Notes on vaccination in the North-West Frontier Province 1923-1928 - 1923-1928
Year: 1923
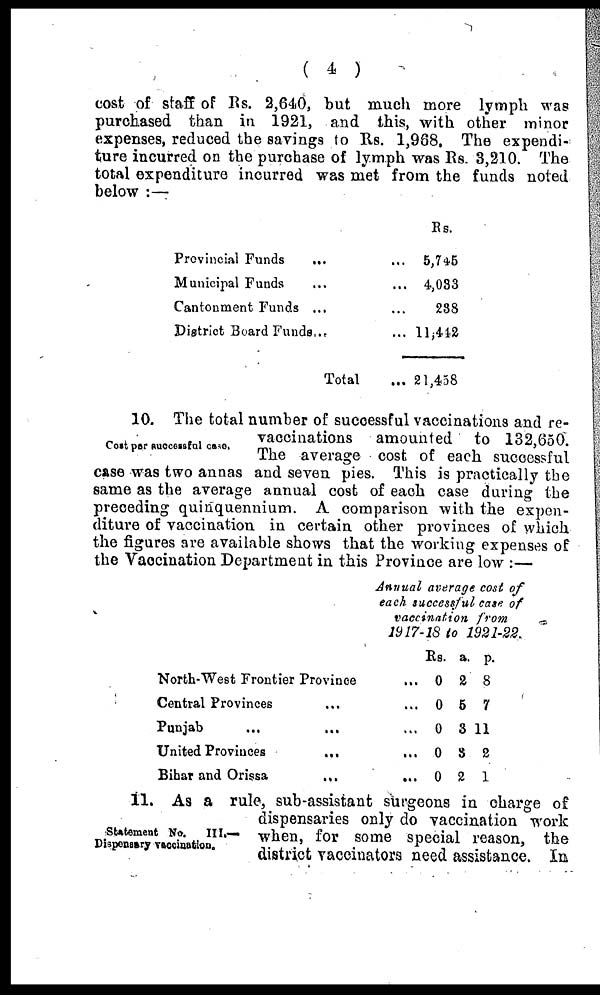
( 4 )
cost of staff of Rs. 2,640, but much more lymph was
purchased than in 1921, and this, with other minor
expenses, reduced the savings to Rs. 1,968. The expendi-
ture incurred on the purchase of lymph was Rs. 3,210. The
total expenditure incurred was met from the funds noted
below :—
Provincial Funds
... ...
Municipal Funds ... ...
Cantonment Funds ... ...
District Board Funds... ...
Total ...
Rs.
5,745
4,033
238
11,442
21,458
Cost par successful case.
10. The total number of successful vaccinations and re-
vaccinations amounted to 132,650.
The average cost of each successful
case was two annas and seven pies. This is practically the
same as the average annual cost of each case during the
preceding quinquennium. A comparison with the expen-
diture of vaccination in certain other provinces of which
the figures are available shows that the working expenses of
the Vaccination Department in this Province are low :—
North-West Frontier Province ...
Central Provinces ... ...
Punjab
...
... ...
United Provinces
... ...
Bihar and Orissa
... ...
Annual average cost of
each successful case of
vaccination from
1917-18 to 1921-22.
Rs.
0
0
0
0
0
a.
2
5
3
8
2
p.
8
7
11
2
1
11. As a rule, sub-assistant surgeons in charge of
dispensaries only do vaccination work
when, for some special reason, the
district vaccinators need assistance. In
Statement No.
III.—
Dispensary vaccination.